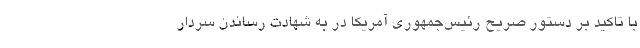
با تاکید بر دستور صریح رئیس‌جمهوری آمریکا در به شهادت رساندن سردار